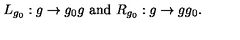
L _ { g _ { 0 } } : g \rightarrow g _ { 0 } g \ \mathrm { a n d } \ R _ { g _ { 0 } } : g \rightarrow g g _ { 0 } .